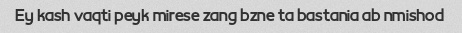
Ey kash vaqti peyk mirese zang bzne ta bastania ab nmishod